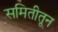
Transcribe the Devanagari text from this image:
समितीतून